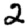
Digit: 2